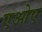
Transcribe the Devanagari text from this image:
एओए